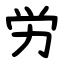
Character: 労